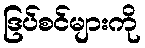
ဒြပ်စင်များကို